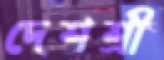
দেশশ্রী